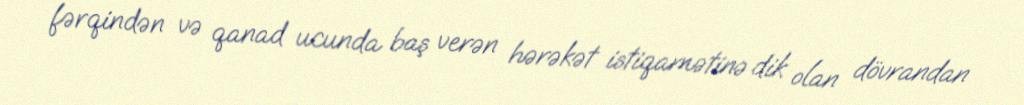
fərqindən və qanad ucunda baş verən hərəkət istiqamətinə dik olan dövrandan